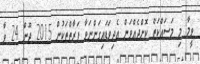
ވީމާ މި މަސައްކަތް ކޮށްދެއްވަން އެދިވަޑައިގަންނަވާ ފަރާތްތަކުން 2015 ޖޫން 24 ވާ